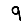
Digit: 9